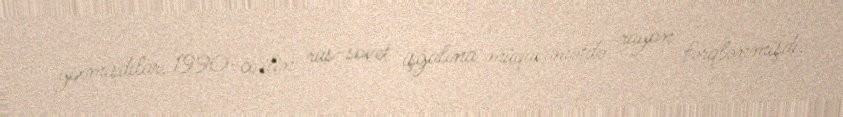
yıxmışdılar, 1990-cı ilin rus-sovet işğalına müqavimətdə rayon fərqlənmişdi.